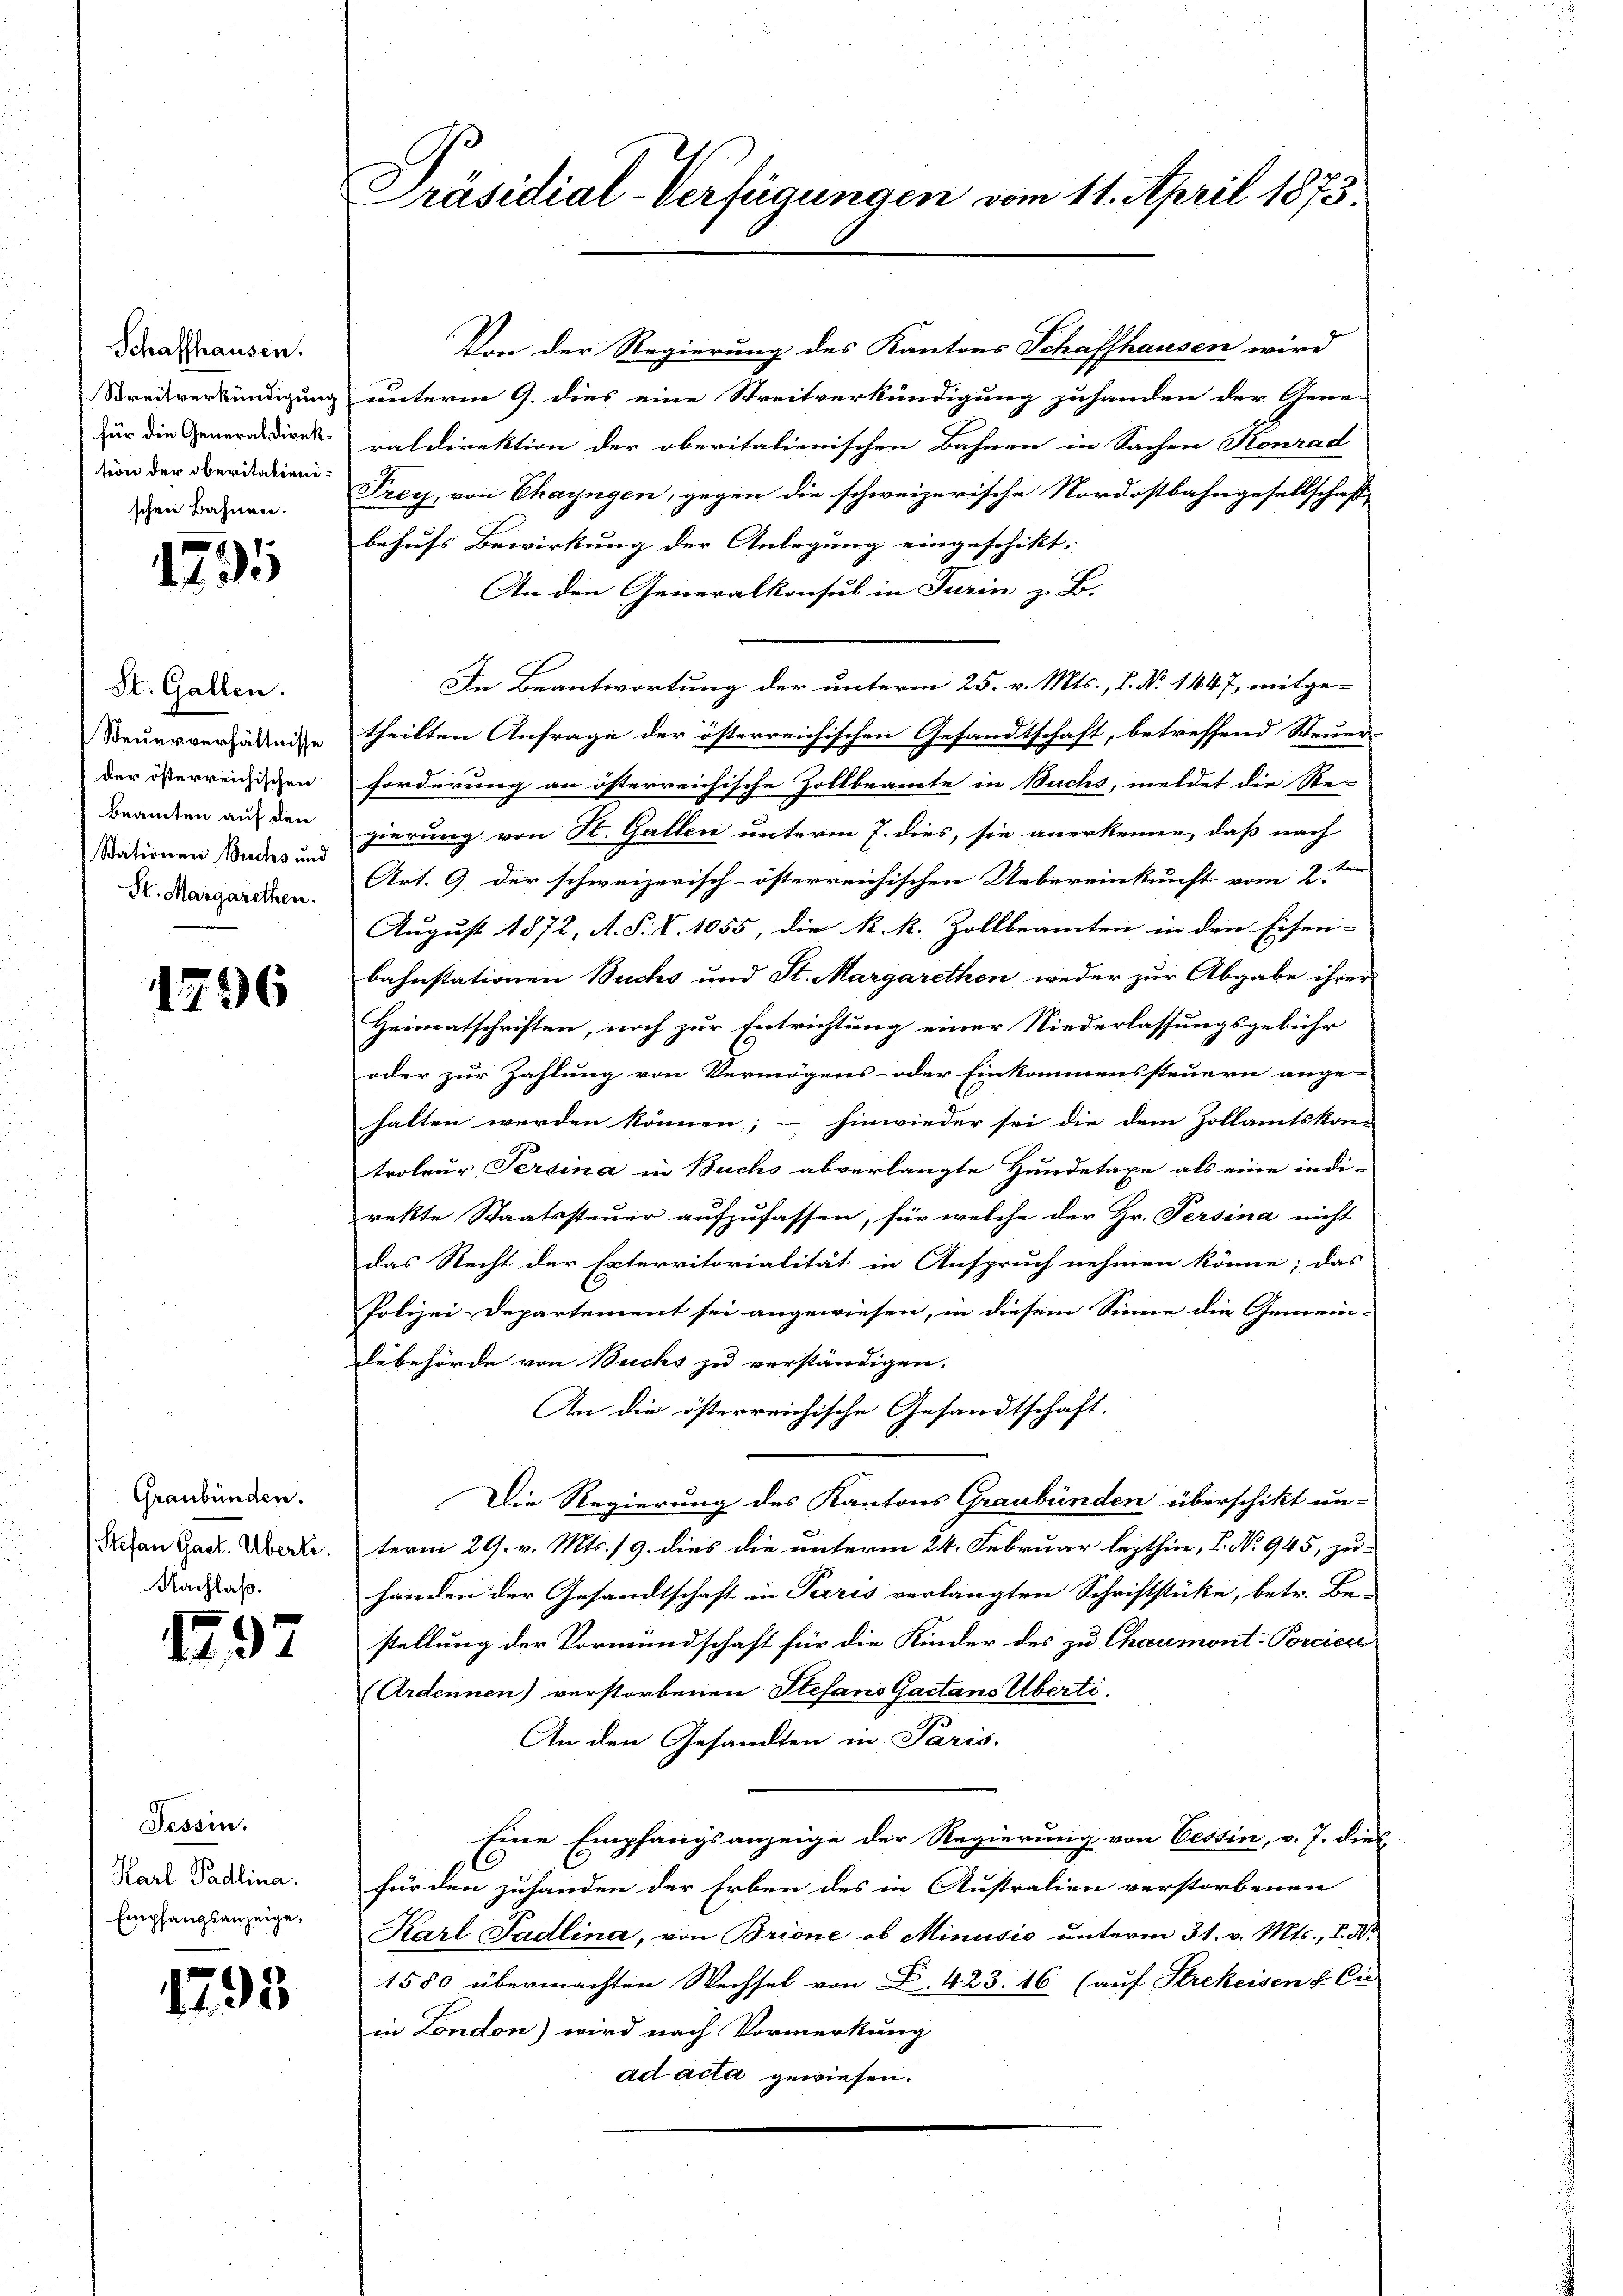
Schaffhausen.
Streitverkündigung
für die Generaldirektion der oberitalienischen Bahnen.

e
1135

St. Gallen.
Steuerverhältnisse
der österreichischen
beamten auf den
Stationen Buchs und
St. Margarethen.

1796

Graubünden.
Stefan Gast. Überli.
Nachlaß.

1297

Tessin.
Karl Padlina.
Empfangsanzeige.

1793

Präsidial-Verfügungen vom 11. April 1873

Von der Regierung des Kantons Schaffhausen wird
unterm 9. dies eine Streitverkündigung zuhanden der Gene-
raldirektion der oberitalienischen Bahnen in Sachen Konrad
Frey, von Chayngen, gegen die schweizerische Nordostbahngesellschaft
behufs Bewirkung der Anlegung eingeschikt.
An den Generalkonsul in Turin z. B.
In Beantwortung der unterm 25. v. Mts., S. Nr. 1447, mitge-
theilten Anfrage der österreichischen Gesandtschaft, betreffend Steuer
forderung an österreichische Zollbeamte in Buchs, meldet die Re-
gierung von St. Gallen unterm 7. dies, sie anerkenne, daß nach
Art. 9 der schweizerisch-österreichischen Uebereinkunft vom 2te
August 1872, A. S. V. 1055, die k. k. Zollbeamten in den Eisen-
bahnstationen Buchs und St. Margarethen weder zur Abgabe ihrer
Heimatschriften, noch zur Entrichtung einer Niederlassungsgebühr
oder zur Zahlung von Vermögens- oder Einkommenssteuern ange-
halten werden können; – hinwieder sei die dem Zollamtskon-
troleur Persina in Buchs abverlangte Hundetaxe als eine indi-
rekte Staatssteuer aufzufassen, für welche der Hr. Persina nicht
das Recht der Exterritorialität in Anspruch nehmen könne; das
Polizei-Departement sei angewiesen, in diesem Sinne die Gemein-
debehörde von Buchs zu verständigen.
An die österreichische Gesandtschaft.
Die Regierung des Kantons Graubünden überschikt un-
term 29. v. Mts. 19. dies die unterm 24. Februar lezthin, C. No 945, zuhänden der Gesandtschaft in Paris verlangten Schriftstücke, betr. Be-
stellung der Vormundschaft für die Kinder des zu Chaumont-Porciere
Ardennen) verstorbenen Stefans Gactans Überti.
An den Gesandten in Paris.
Eine Empfangsanzeige der Regierung von Cessin, v. J. dies
für den zuhanden der Erben des in Australien verstorbenen
Karl Sadlina, von Brione, ob Minusio unterm 31. v. Mts., S. Nr.
1580 übermachten Wechsel von F. 423. 16 (auf Strekeisen & Cie
in London) wird nach Vormerkung
ad acta gewiesen.